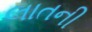
લાતની